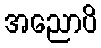
အညောပိ